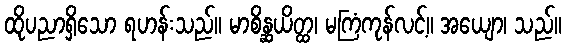
ထိုပညာရှိသော ရဟန်းသည်။ မာစိန္ဆယိတ္ထ၊ မကြံကုန်လင့်။ အယျော၊ သည်။